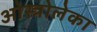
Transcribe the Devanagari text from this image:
ओस्त्रोलेका